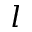
l